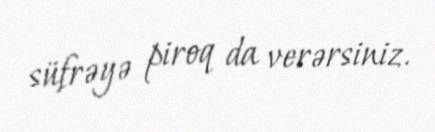
süfrəyə piroq da verərsiniz.